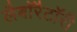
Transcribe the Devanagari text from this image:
लैबाॅरैटाॅरी